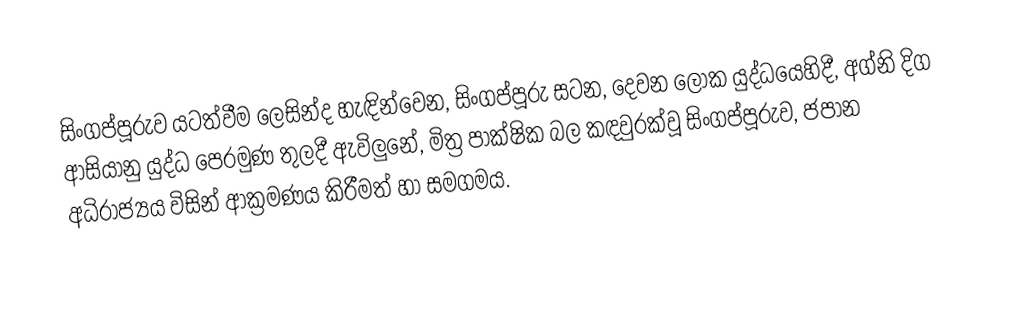
සිංගප්පූරුව යටත්වීම ලෙසින්ද හැඳින්වෙන, සිංගප්පූරු සටන,  දෙවන ලෝක යුද්ධයෙහිදී,  අග්නි දිග ආසියානු යුද්ධ පෙරමුණ තුලදී ඇවිලුනේ,  මිත්‍ර පාක්ෂික බල කඳවුරක්වූ සිංගප්පූරුව,  ජපාන අධිරාජ්‍යය විසින් ආක්‍රමණය කිරීමත් හා සමගමය.